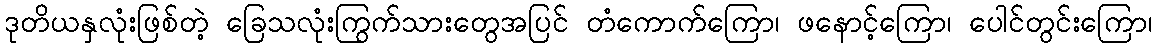
ဒုတိယနှလုံးဖြစ်တဲ့ ခြေသလုံးကြွက်သားတွေအပြင် တံကောက်ကြော၊ ဖနောင့်ကြော၊ ပေါင်တွင်းကြော၊